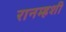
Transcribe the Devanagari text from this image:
रानम्हशी